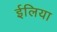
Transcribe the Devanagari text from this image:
ईलिया